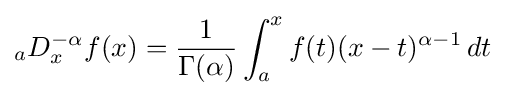
{}_{a}D_{x}^{-\alpha }f(x)={\frac {1}{\Gamma (\alpha )}}\int _{a}^{x}f(t)(x-t)^{\alpha -1}\,dt